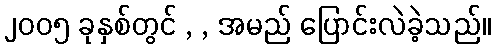
၂၀၀၅ ခုနှစ်တွင် , , အမည် ပြောင်းလဲခဲ့သည်။